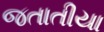
જતાતીયા